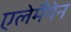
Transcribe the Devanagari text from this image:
एलेमैंगेन